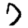
Digit: 7